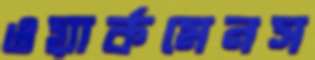
ওয়ার্কমেনস